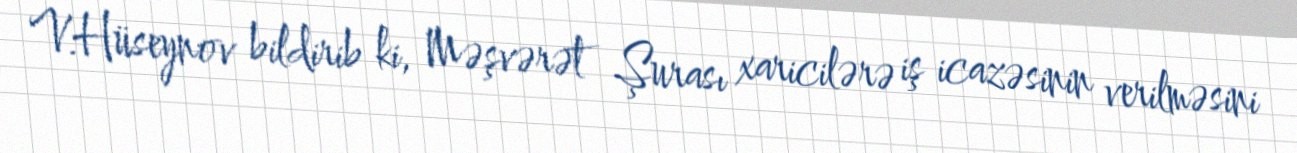
V.Hüseynov bildirib ki, Məşvərət Şurası xaricilərə iş icazəsinin verilməsini